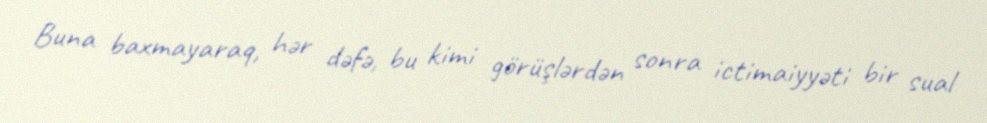
Buna baxmayaraq, hər dəfə, bu kimi görüşlərdən sonra ictimaiyyəti bir sual